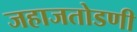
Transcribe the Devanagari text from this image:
जहाजतोडणी